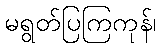
မရွတ်ပြကြကုန်၊